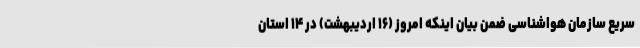
سریع سازمان هواشناسی ضمن بیان اینکه امروز (۱۶ اردیبهشت) در ۱۴ استان